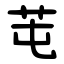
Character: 芚